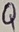
Text: Q